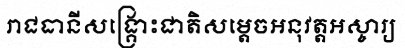
រាជធានីសង្គ្រោះជាតិសម្តេចអនុវត្តអស្ចារ្យ